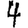
Digit: 4